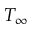
T _ { \infty }